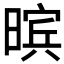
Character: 𮲨